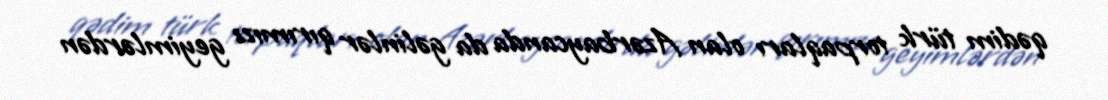
qədim türk torpaqları olan Azərbaycanda da gəlinlər qırımızı geyimlərdən